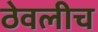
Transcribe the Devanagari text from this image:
ठेवलीच